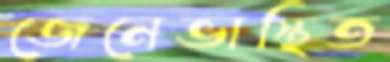
জেনেভাস্থিত